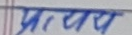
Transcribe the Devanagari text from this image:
अव्यवस्